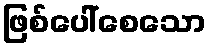
ဖြစ်ပေါ်စေသော